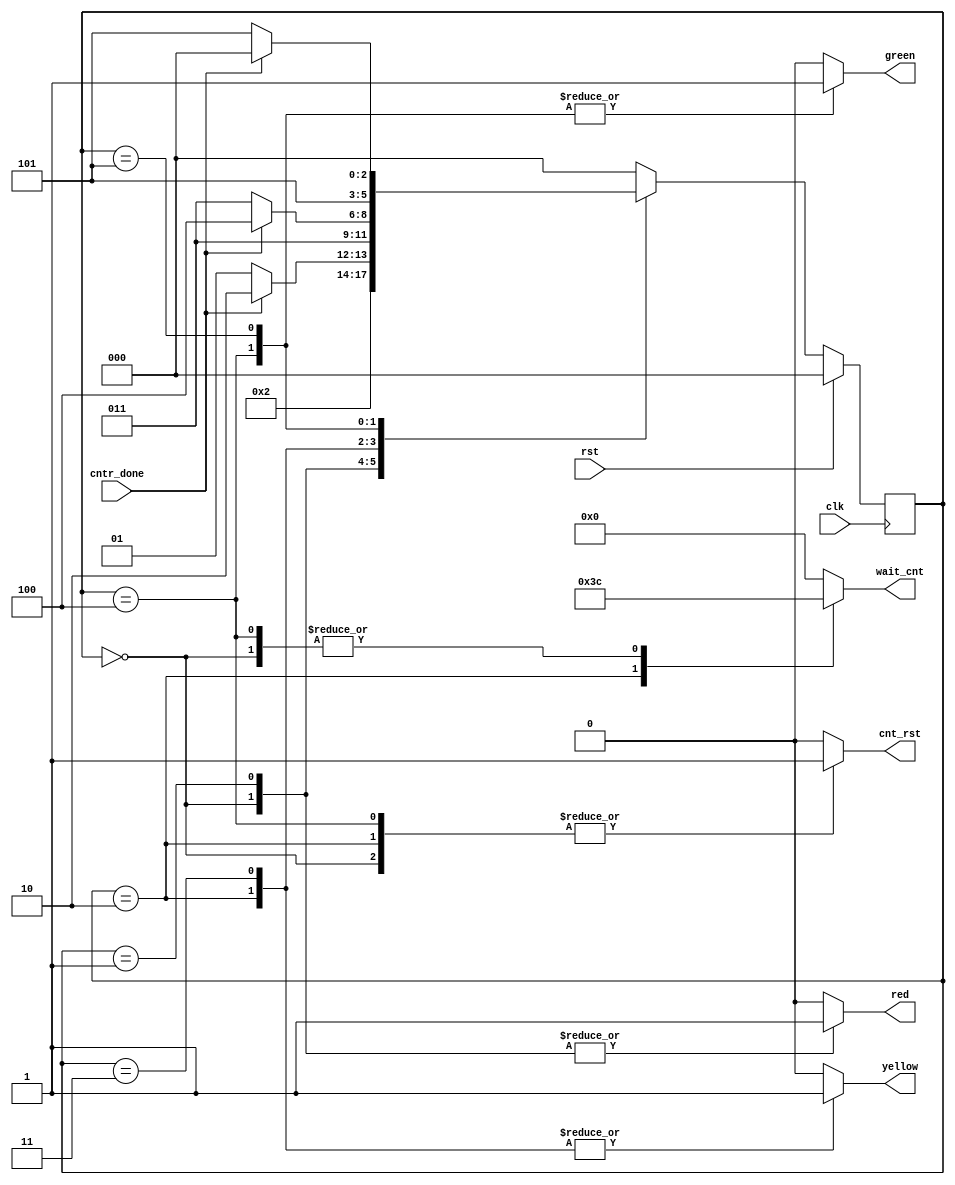
module tlc_cont (
    input clk , rst , cntr_done,
    output reg red , yellow , green, cnt_rst, 
    output reg [3:0] wait_cnt    
);

parameter state_width = 3;
parameter [state_width-1 : 0] rr = 3'd0 ,
                              wr = 3'd1 ,
                              ry = 3'd2 ,
                              wy = 3'd3 ,
                              rg = 3'd4 ,
                              wg = 3'd5 ;

reg [state_width-1 : 0] curr_state , next_state;


always @(posedge clk) begin
    if (rst) begin
        curr_state <= rr;
    end
    else begin
       curr_state <= next_state; 
    end
end

always @(*) begin

    red = 0;
    yellow = 0;
    green = 0;
    wait_cnt = 0;
    cnt_rst = 0;

    case (curr_state)
        rr : begin
         cnt_rst = 1;
         wait_cnt = 28;
         red = 1;  
         next_state = wr ; 
        end

        wr : begin
            red = 1;

            if (cntr_done==1) begin
                next_state = ry;
            end
            else begin
                next_state = wr;
            end
        end

        ry : begin
         cnt_rst = 1;
         wait_cnt =3;
         yellow = 1;   
         next_state = wy ;
        end

        wy : begin
         yellow = 1;

         if (cntr_done==1) begin
                next_state = rg;
            end
            else begin
                next_state = wy;
            end

        end

        rg : begin
         cnt_rst = 1;
         wait_cnt = 28;
         green = 1;  
         next_state = wg ;
        end

        wg : begin
         green = 1;   

         if (cntr_done==1) begin
                next_state = rr;
            end
            else begin
                next_state = wg;
            end
        end

        default : next_state = rr;
            
    endcase
end

endmodule